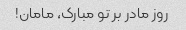
روز مادر بر تو مبارک، مامان!